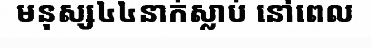
មនុស្ស៤៤នាក់ស្លាប់ នៅពេល